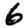
Digit: 6